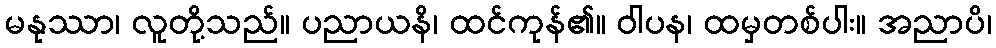
မနုဿာ၊ လူတို့သည်။ ပညာယနိ၊ ထင်ကုန်၏။ ဝါပန၊ ထမှတစ်ပါး။ အညာပိ၊